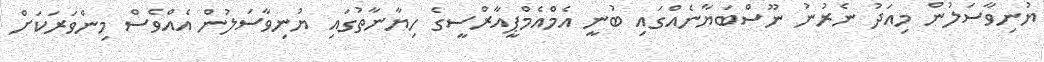
ޔުނިވާސަލުން މިއަދު ނެރުނު ނޫސްބަޔާނެއްގައި ބުނީ އެމްއެމްޕީއާރްސީގެ ހިޔާނާތުގައި ޔުނިވާސަލުން އެއްވެސް މިންވަރަކަށް